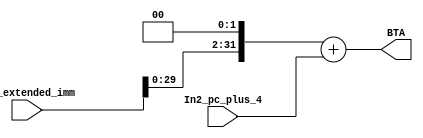
module branch_calculator(In1_extended_imm, In2_pc_plus_4, BTA);
	
	input [31:0] In1_extended_imm;
	input [31:0] In2_pc_plus_4;
	
	output reg [31:0] BTA;
	
	always @(In1_extended_imm) begin
		BTA <= (In1_extended_imm << 2) + In2_pc_plus_4;
	end
endmodule